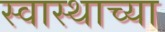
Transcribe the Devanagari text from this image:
स्वास्थाच्या